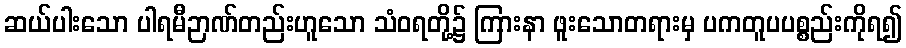
ဆယ်ပါးသော ပါရမီဉာဏ်တည်းဟူသော သံဝရတို့၌ ကြားနာ ဖူးသောတရားမှ ပကတူပပစ္စည်းကိုရ၍